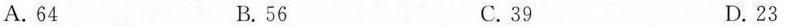
A.64 B.56 C.39 D.23